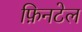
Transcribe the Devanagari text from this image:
फ़िनटेल